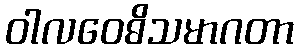
ဝါလဝေဓိသမာဂတာ